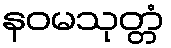
နဝမသုတ္တံ